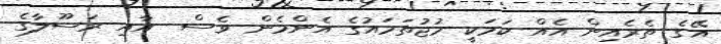
އޭގެ ތެރެއިން އެއް ކަމަކީ މުޖުތަމައުގެ އެންމެން ވެސް  އާއި ރަސޫލާގެ